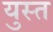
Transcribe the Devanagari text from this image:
युस्त